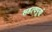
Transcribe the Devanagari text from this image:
सहत्वपूर्ण